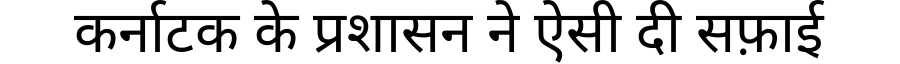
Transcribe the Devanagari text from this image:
कर्नाटक के प्रशासन ने ऐसी दी सफ़ाई